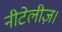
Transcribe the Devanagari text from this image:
नीटेलीज़।